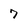
Character: 7